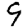
Digit: 9